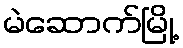
မဲဆောက်မြို့